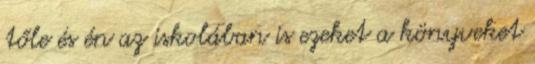
tőle és én az iskolában is ezeket a könyveket